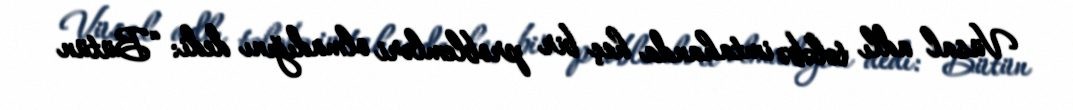
Vüsal adlı tələbə imtahanda heç bir problemləri olmadığını dedi: “Bütün